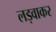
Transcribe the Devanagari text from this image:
लड़वाकर